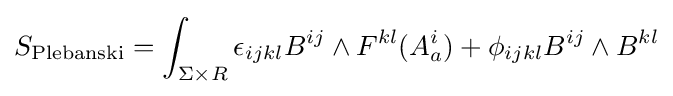
S_{\mathrm {Plebanski} }=\int _{\Sigma \times R}\epsilon _{ijkl}B^{ij}\wedge F^{kl}(A_{a}^{i})+\phi _{ijkl}B^{ij}\wedge B^{kl}